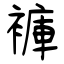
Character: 褲